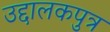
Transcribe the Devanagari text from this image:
उद्दालकपुत्र